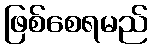
ဖြစ်စေရမည်